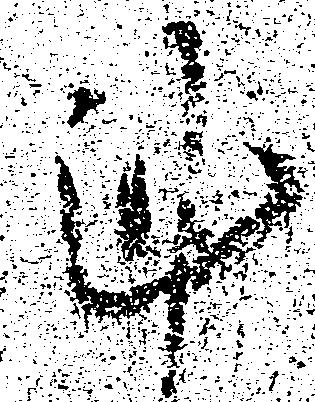
謹